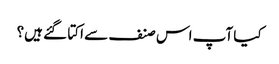
کیا آپ اس صنف سے اکتا گئے ہیں؟